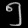
Digit: ၅